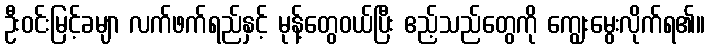
ဦးဝင်းမြင့်ခမျာ လက်ဖက်ရည်နှင့် မုန့်တွေဝယ်ပြီး ဧည့်သည်တွေကို ကျွေးမွေးလိုက်ရ၏။